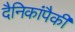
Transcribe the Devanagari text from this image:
दैनिकांपैकी